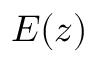
E ( z )